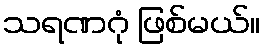
သရဏဂုံ ဖြစ်မယ်။